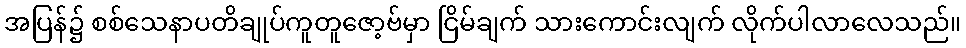
အပြန်၌ စစ်သေနာပတိချုပ်ကူတူဇော့ဗ်မှာ ငြိမ်ချက် သားကောင်းလျက် လိုက်ပါလာလေသည်။